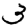
Digit: 3